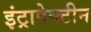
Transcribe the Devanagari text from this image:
इंट्रापेक्टीन